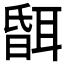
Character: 𦖞